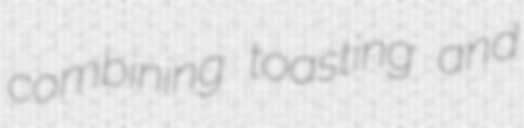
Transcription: combining toasting and